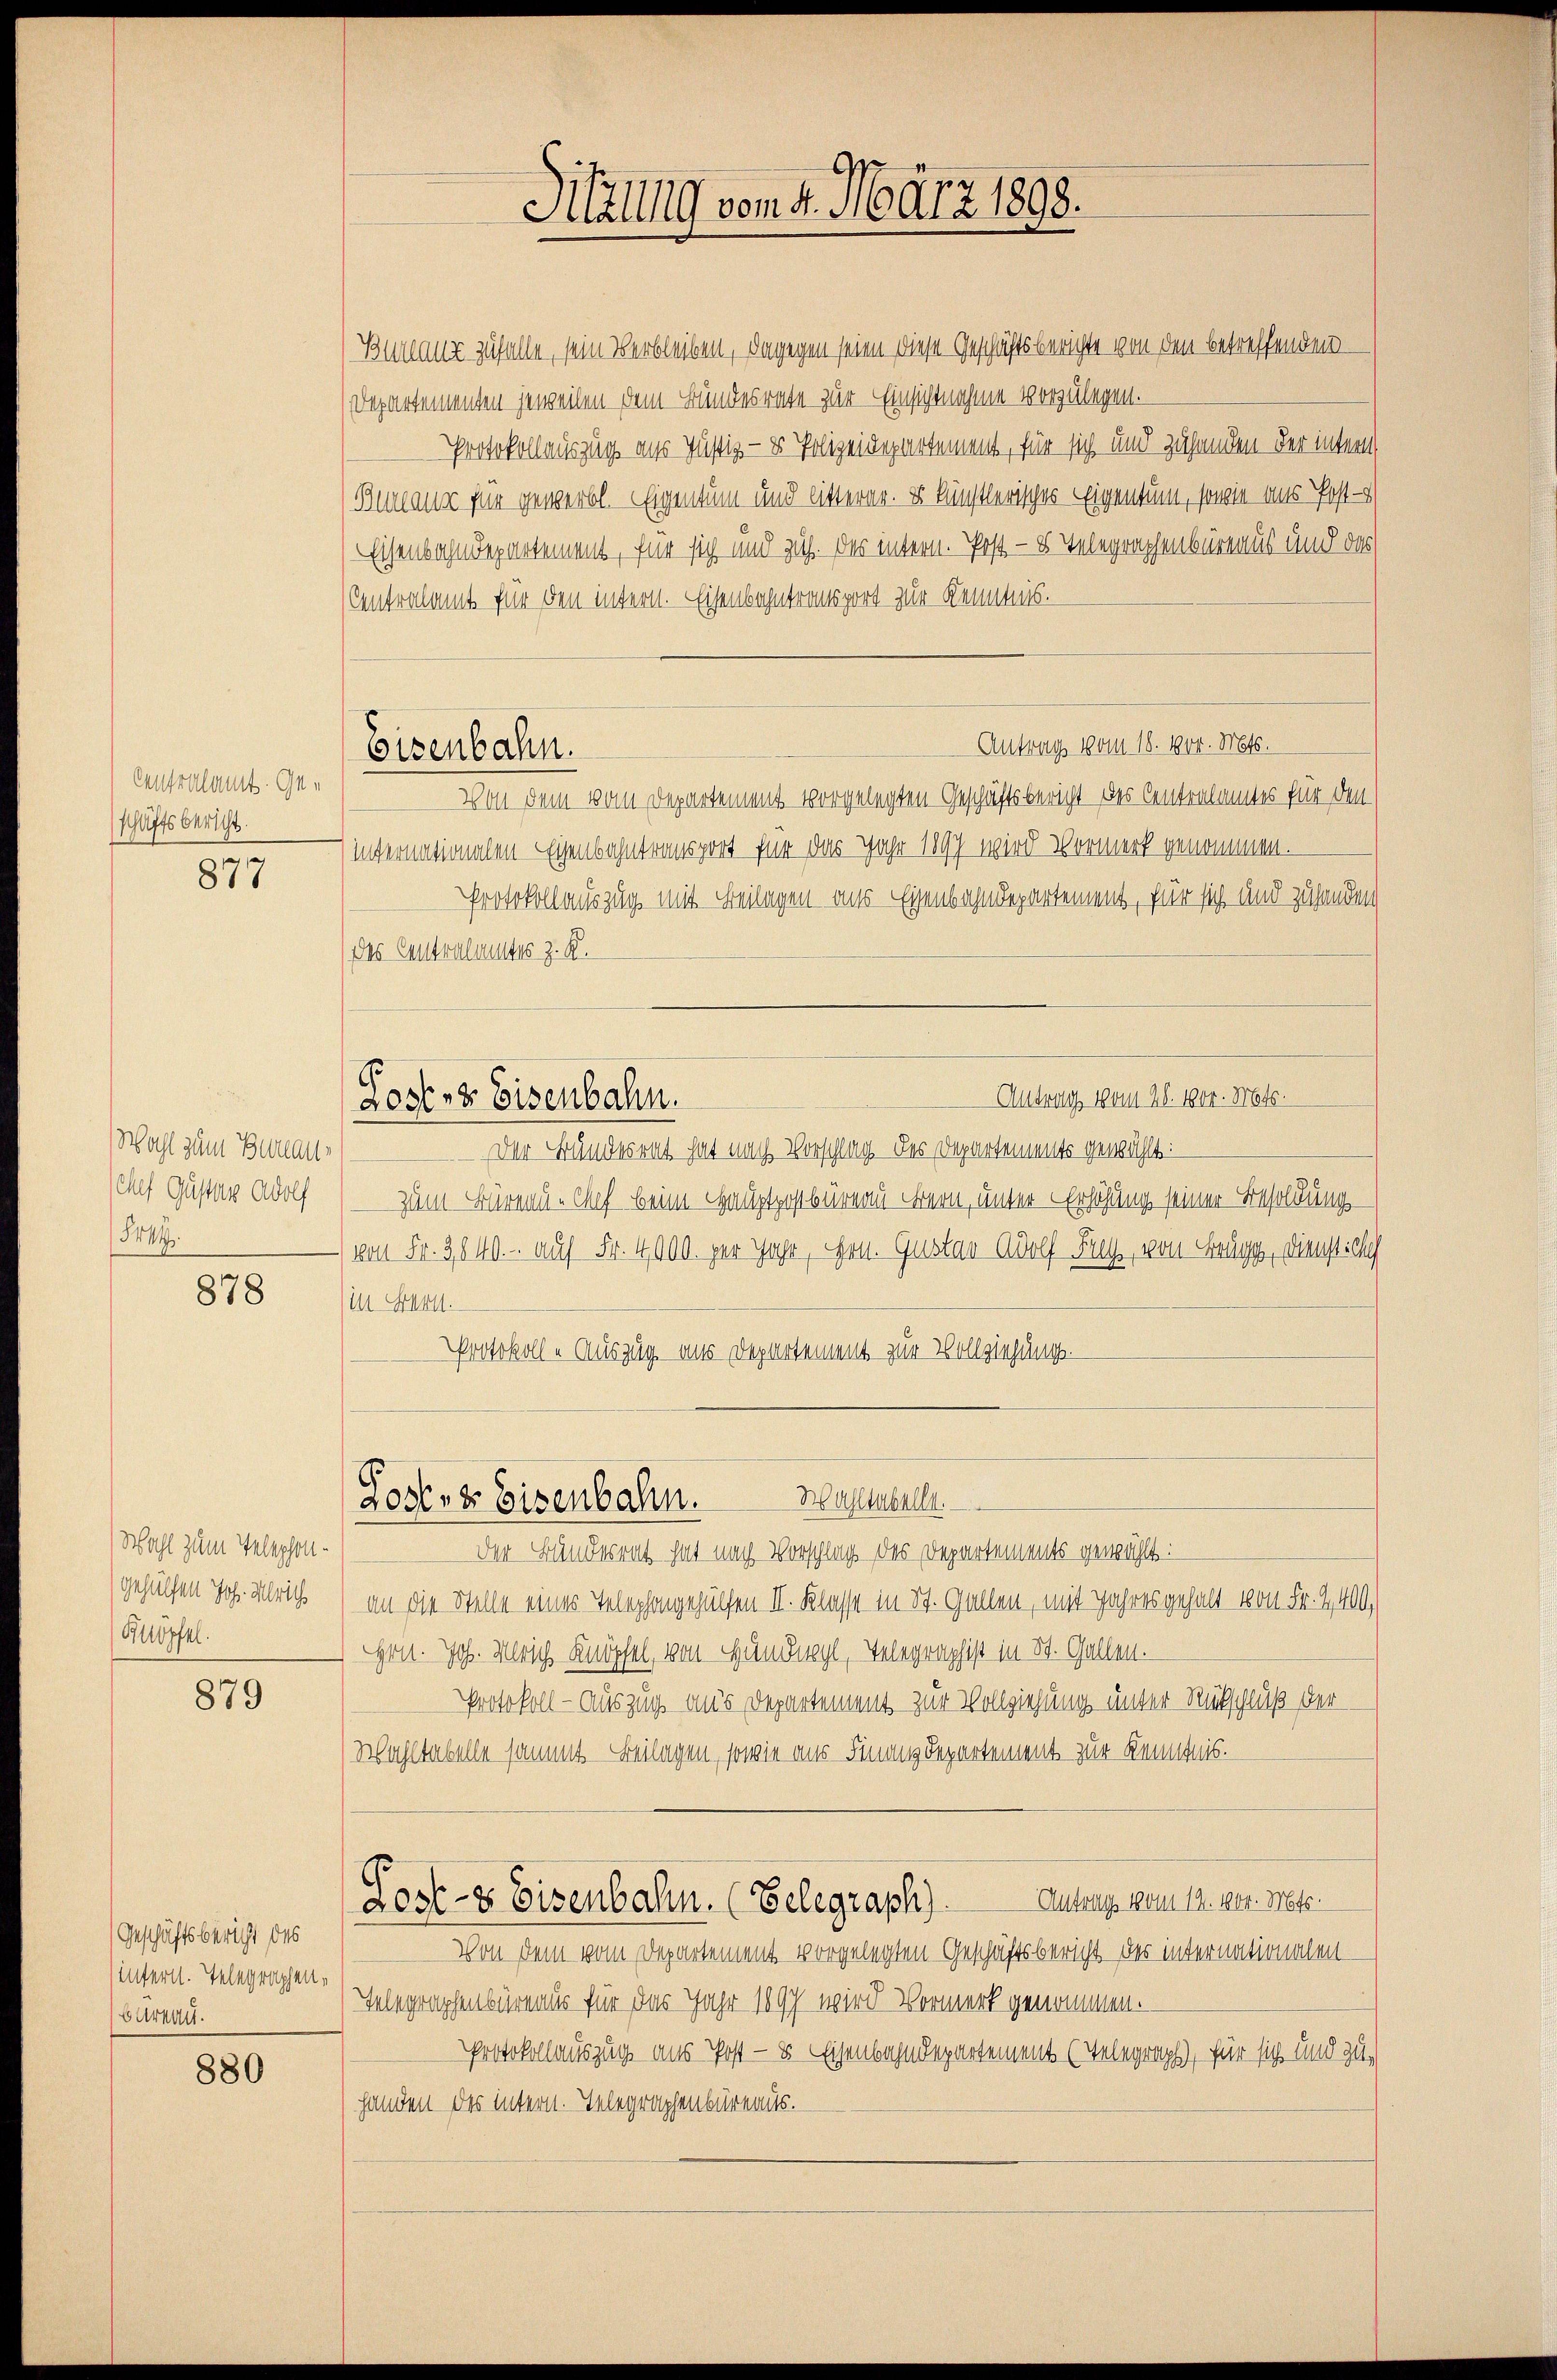
Centralamt. Geschäftsbericht.

877

Wahl zum Zunau-
Chef Gustav Adolf
844.

878

Wahl zum Telephongehülfen Joh. Ulrich
Knöpfel.

879

Geschäftsbericht des
infern. Telegraphen¬
Bureau.

880

Eisenbahn.

Sitzung vom 4. März 1898.

Bureau zufalle, sein Verbleiben, dagegen seien diese Geschäftsberichte von den betreffenden
(Departementen jeweilen dem Bundesrate zur Einsichtnahme vorzulegen.
Protokollauszug aus Justiz- & Polizeidepartement, für sich und zuhanden der intern
Bureaus für gewerbt. Eigentum und litterer. Es künstlerisches Eigentum, sowie aus Post-
Eisenbahndepartement, für sich und zus. Das intern. Post — 8 Telegraphenbüreaus und das
(Centralamt für den intern. Eisenbahntransport zur Kenntnis.
Antrag vom 18. 1904. Mts.
Von dem vom Departement vorgelegten Geschäftsbericht des Centralamtes für den
internationalen Eisenbahntransport für das Jahr 1897 wird Vormerk genommen.
Protokollauszug mit Beilagen aus Eisenbahndepartement, für sich und zuhanden
Das Centralmentes z. B.
Antrag vom 28. 1000. Mts.
Lost- & Eisenbahn.
Der Bundesrat hat nach Vorschlag des Departements gewählt:
zum Bernau-Mef beim Hauptpostbüren Bern, unter Erhöhung seiner Besoldung
) von Fr. 3840. - auf Fr. 4000. per Jahr, Hrn. Gustav Adolf Frey, von Brugg, Dienstichh
(in Farn.
Protokolle Auszug aus Departement zur Vollziehung.

Wahltabelle.
Lostenz Eisenbahn.
Der Bunderrath hat nach Vorschlag des Departements gewählt:

an die Stelle eines Telephongehülfen III. Klasse in St. Gallen, mit Jahres gehalt von Fr. 2400.
Hrn. Joh. Ulrich Knöpfel, von Handl, Telegraphist in St. Gallen.
Protokoll - auszug aus Departement zur Vollziehung unter Rückschluß der
Wahltabelle sammt Beilagen, sowie aus Finanz Departement zur Kenntnis.
Antrag vom 12. 1004. Mts.
Lost- & Eisenbahn. (Belegraph
Von dem vom Departement vorgelegten Geschäftsbericht des internationalen¬
Telegraphenbüreaus für das Jahr 1897 wird Vormerk genommen.
Protokollauszug aus Post — 8 Eisenbahndepartement (Telegraph, für sich und zuhanden des intern. Telegraphenbüreaus.